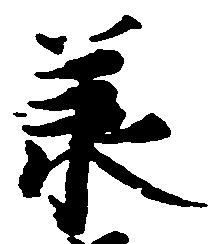
承